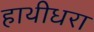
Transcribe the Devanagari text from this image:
हाथीधरा